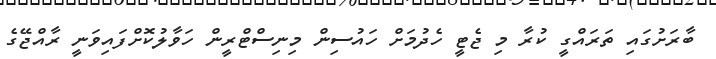
ބާރަށުގައި ތަރައްގީ ކުރާ މި ޖެޓީ ހެދުމަށް ހައުސިން މިނިސްޓްރީން ހަވާލުކޮށްފައިވަނީ ރާއްޖޭގެ